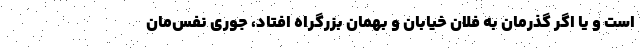
است و یا اگر گذرمان به فلان خیابان و بهمان بزرگراه افتاد، جوری نفس‌مان